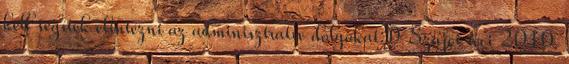
kell segítek elintézni az adminisztratív dolgokat:D Szajci reci 2010.